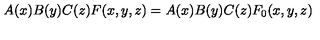
A ( x ) B ( y ) C ( z ) F ( x , y , z ) = A ( x ) B ( y ) C ( z ) F _ { 0 } ( x , y , z )